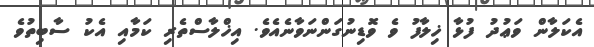
އެކަލާން ވަޢުދު ފުޅާ ޚިލާފު ވެ ވޮޑިނުގަަންނަވާނެއެވެ. އިޚްލާސްތެރި ކަމާއި އެކު ސާބިތުވެ